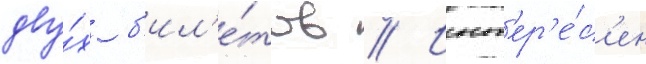
дву́х б'ил'е́тов // Инт'ер'е́с'ен